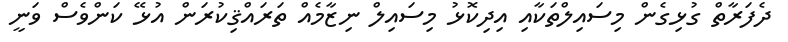
ދެފަރާތް ގުޅިގެން މިސައިލްތަކާއި އިދިކޮޅު މިސައިލް ނިޒާމެއް ތަރައްޤިކުރަން އުޅޭ ކަންވެސް ވަނީ